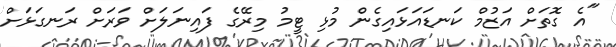
"އެ ގޮތަށް އަޒުމް ކަނޑައަޅައިގެން މުޅި ޓީމު މިރޭގެ ފައިނަލަށް ވަރަށް ރަނގަޅަށް